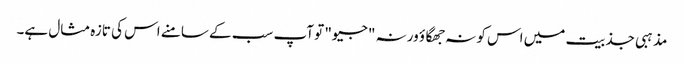
مذہبی جذبیت میں اس کو نہ جھگاؤ ورنہ "جیو" تو آپ سب کے سامنے اس کی تازہ مثال ہے۔